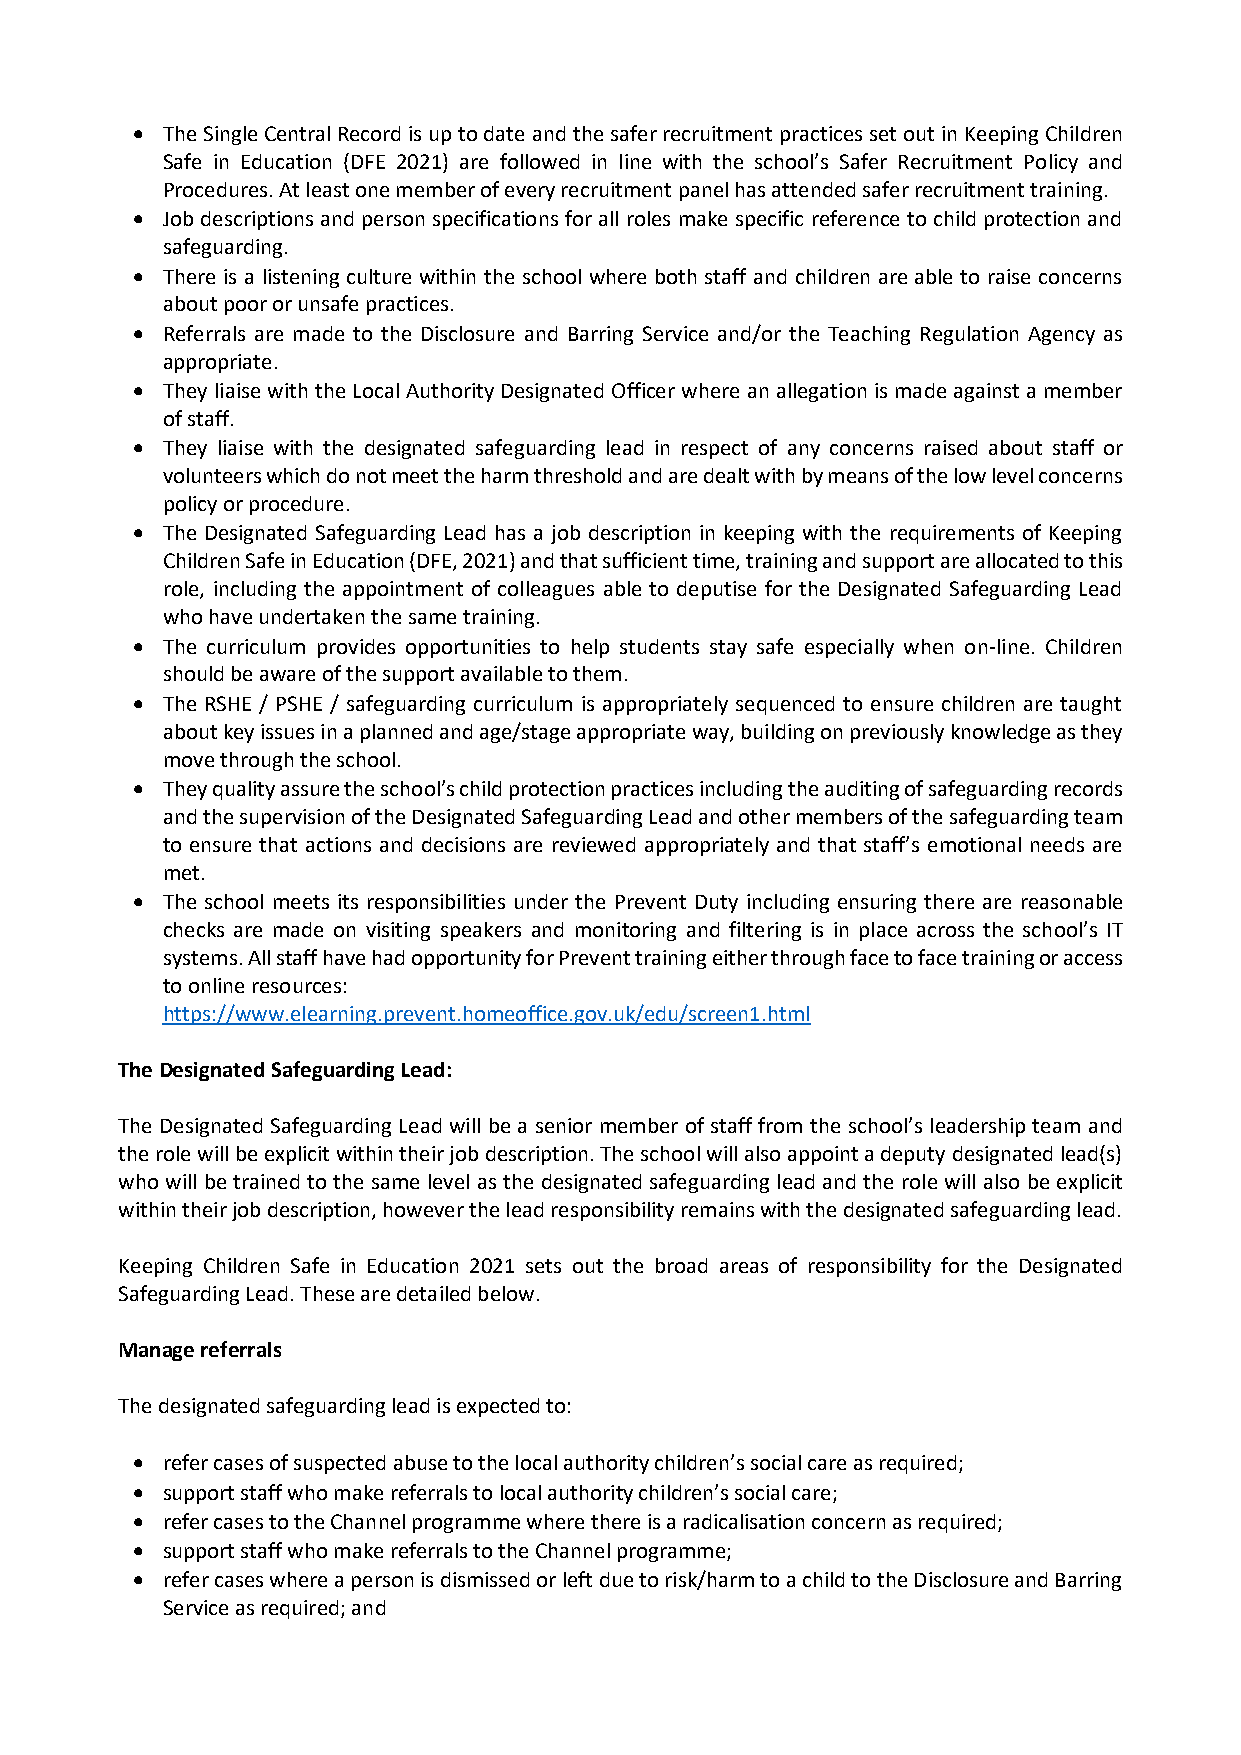
• The Single Central Record is up to date and the safer recruitment practices set out in Keeping Children
 Safe in Education (DFE 2021) are followed in line with the school’s Safer Recruitment Policy and
 Procedures. At least one member of every recruitment panel has attended safer recruitment training.
 • Job descriptions and person specifications for all roles make specific reference to child protection and
 safeguarding.
 • There is a listening culture within the school where both staff and children are able to raise concerns
 about poor or unsafe practices.
 • Referrals are made to the Disclosure and Barring Service and/or the Teaching Regulation Agency as
 appropriate.
 • They liaise with the Local Authority Designated Officer where an allegation is made against a member
 of staff.
 • They liaise with the designated safeguarding lead in respect of any concerns raised about staff or
 volunteers which do not meet the harm threshold and are dealt with by means of the low level concerns
 policy or procedure.
 • The Designated Safeguarding Lead has a job description in keeping with the requirements of Keeping
 Children Safe in Education (DFE, 2021) and that sufficient time, training and support are allocated to this
 role, including the appointment of colleagues able to deputise for the Designated Safeguarding Lead
 who have undertaken the same training.
 • The curriculum provides opportunities to help students stay safe especially when on-line. Children
 should be aware of the support available to them.
 • The RSHE / PSHE / safeguarding curriculum is appropriately sequenced to ensure children are taught
 about key issues in a planned and age/stage appropriate way, building on previously knowledge as they
 move through the school.
 • They quality assure the school’s child protection practices including the auditing of safeguarding records
 and the supervision of the Designated Safeguarding Lead and other members of the safeguarding team
 to ensure that actions and decisions are reviewed appropriately and that staff’s emotional needs are
 met.
 • The school meets its responsibilities under the Prevent Duty including ensuring there are reasonable
 checks are made on visiting speakers and monitoring and filtering is in place across the school’s IT
 systems. All staff have had opportunity for Prevent training either through face to face training or access
 to online resources:
 https://www.elearning.prevent.homeoffice.gov.uk/edu/screen1.html
 The Designated Safeguarding Lead:
 The Designated Safeguarding Lead will be a senior member of staff from the school’s leadership team and
 the role will be explicit within their job description. The school will also appoint a deputy designated lead(s)
 who will be trained to the same level as the designated safeguarding lead and the role will also be explicit
 within their job description, however the lead responsibility remains with the designated safeguarding lead.
 Keeping Children Safe in Education 2021 sets out the broad areas of responsibility for the Designated
 Safeguarding Lead. These are detailed below.
 Manage referrals
 The designated safeguarding lead is expected to:
 • refer cases of suspected abuse to the local authority children’s social care as required;
 • support staff who make referrals to local authority children’s social care;
 • refer cases to the Channel programme where there is a radicalisation concern as required;
 • support staff who make referrals to the Channel programme;
 • refer cases where a person is dismissed or left due to risk/harm to a child to the Disclosure and Barring
 Service as required; and